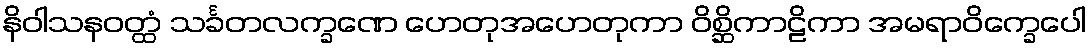
နိဝါသနဝတ္ထံ သင်္ခတလက္ခဏေ ဟေတုအဟေတုကာ ဝိစ္ဆိကာဠိကာ အမရာဝိက္ခေပေါ